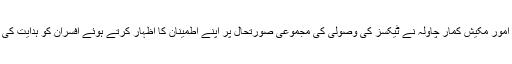
اجلاس سے خطاب کرتے ہوئے صوبائی وزیر برائے ایکسائز اینڈ ٹیکسیشن و انسدادِ منشیات اور پارلیمانی امور مکیش کمار چاولہ نے ٹیکسز کی وصولی کی مجموعی صورتحال پر اپنے اطمینان کا اظہار کرتے ہوئے افسران کو ہدایت کی کہ وہ اپنے فرائض بہتر انداز سے انجام دیں اور جائیداد ٹیکس کی وصولی کی شرح میں مذید بہتری لائیں۔